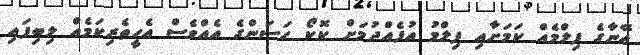
އޭނާގެ ފިލްމެއް ކަމަށާއި ފިލްމު އުފެއްދުމަށް ކޮކޯ ހަސަންގެ އެއްވެސް އެހީތެރިކަމެއް ލިބިފައި